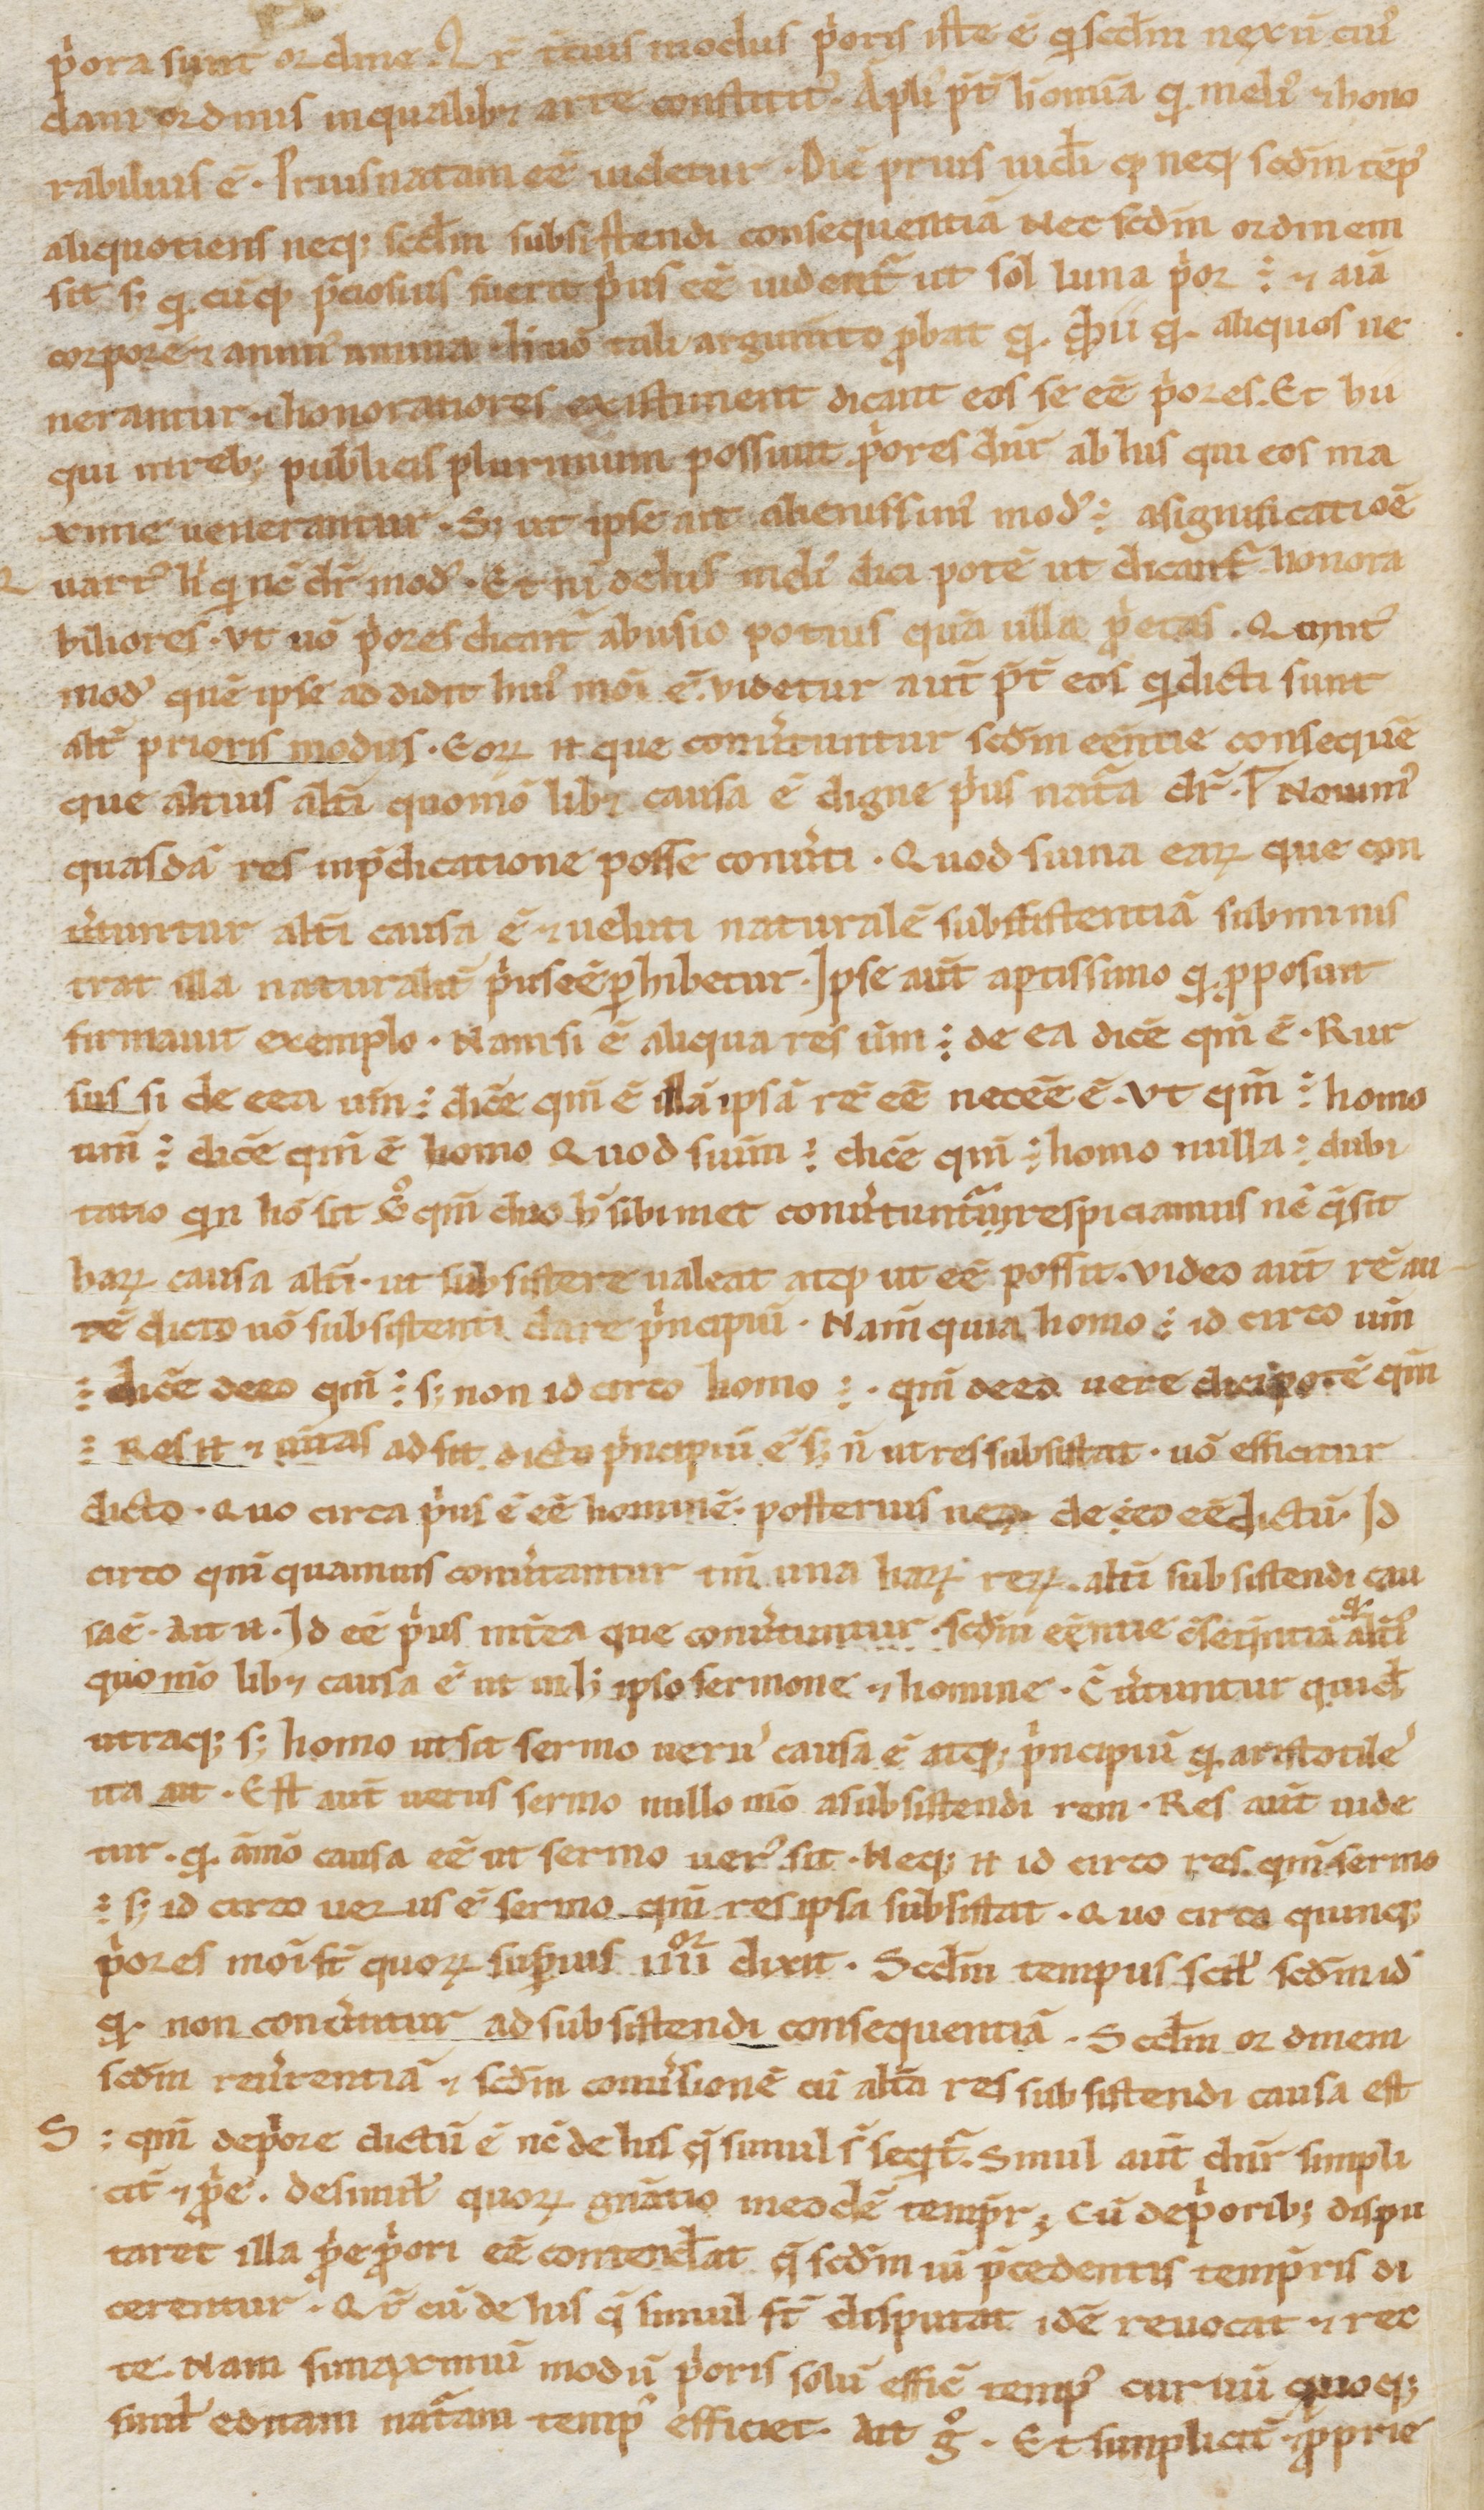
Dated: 1000–1199